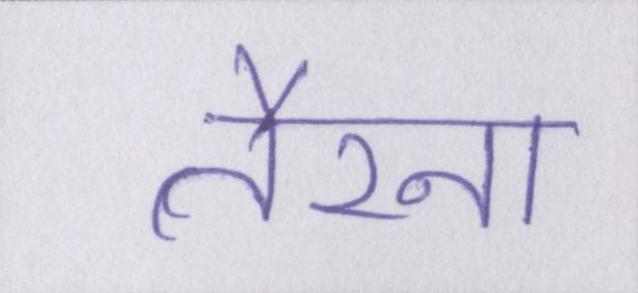
तैरना